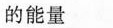
的能量